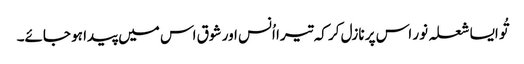
تُو ایسا شعلہ نور اس پر نازل کر کہ تیرا اُنس اور شوق اس میں پیدا ہو جائے۔